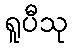
ရူပီသု